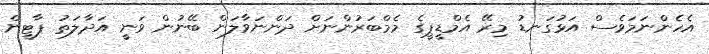
އެހެންނަމަވެސް އަޅުގަނޑު މިރޭ އެމްޑީޕީގެ މެމްބަރުންނަށް ދަންނަވާލަން ބޭނުން ވަނީ އަދާލަތު ޕާޓީން